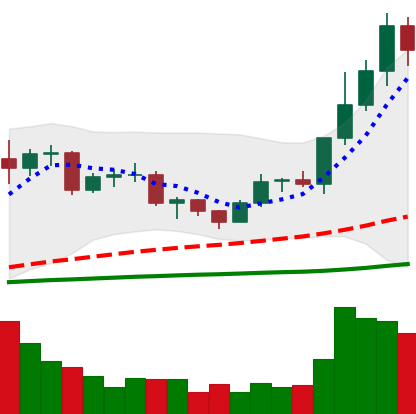
Ticker: LTC-USD
Chart end date: 2020-12-20
Forward return: 10.742%
Label: up_7plus